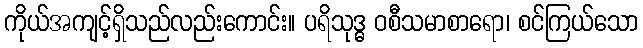
ကိုယ်အကျင့်ရှိသည်လည်းကောင်း။ ပရိသုဒ္ဓ ဝစီသမာစာရော၊ စင်ကြယ်သော